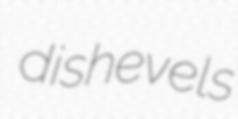
dishevels